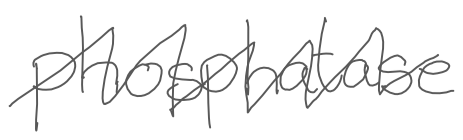
Text: phosphatase
Cross-out: zig-zag
Writing tool: digital_gray